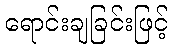
ရောင်းချခြင်းဖြင့်